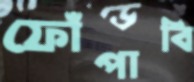
ফোঁপাবি